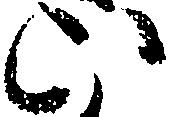
い